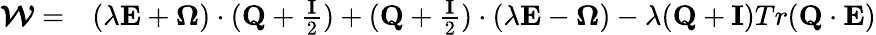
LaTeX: \begin{array}{rl}{\boldsymbol{\mathcal{W}}=}&{{}(\lambda\textbf{E}+\boldsymbol{\Omega})\cdot(\textbf{Q}+\frac{\textbf{I}}{2})+(\textbf{Q}+\frac{\textbf{I}}{2})\cdot(\lambda\textbf{E}-\boldsymbol{\Omega})-\lambda(\textbf{Q}+\textbf{I})Tr(\textbf{Q}\cdot\textbf{E})}\end{array}